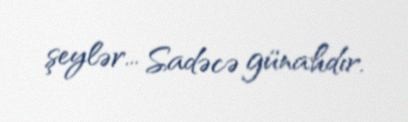
şeylər... Sadəcə günahdır.